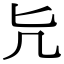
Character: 𠘩